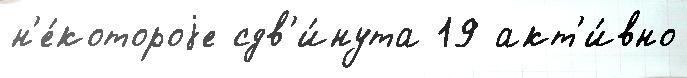
н'е́котороjе сдв'и́нута 19 акт'и́вно